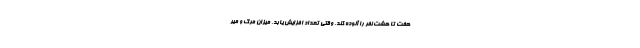
هفت تا هشت نفر را آلوده کند. وقتی تعداد افزایش یابد، میزان مرگ و میر